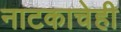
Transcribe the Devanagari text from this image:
नाटकाचेही